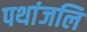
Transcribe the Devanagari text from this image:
पथांजलि